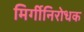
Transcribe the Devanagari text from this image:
मिर्गीनिरोधक